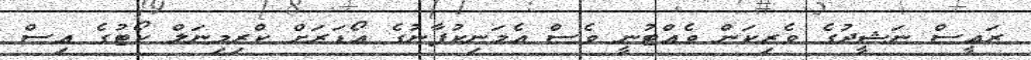
ރައީސް ނަޝީދުގެ ވެރިކަން ވެއްޓުނީ ވެސް އެމަނިކުފާނުގެ އޯޑަރަށް ކްރިމިނަލް ކޯޓުގެ އިސް